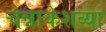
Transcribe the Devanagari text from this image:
चेन्नाकेशव्या